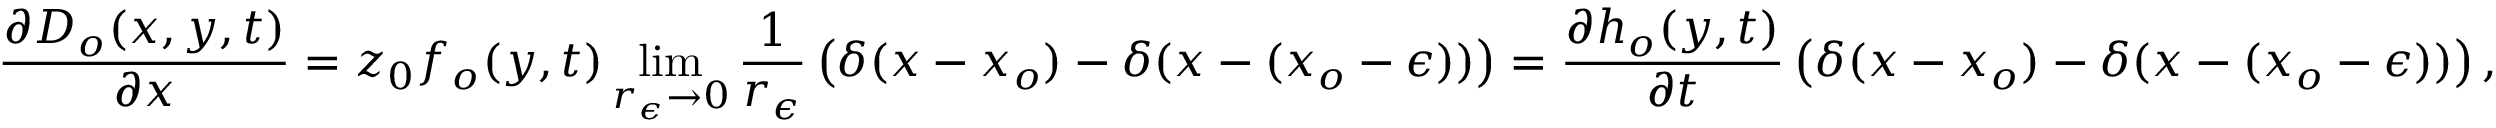
\frac { \partial D _ { o } ( x , y , t ) } { \partial x } = z _ { 0 } f _ { o } ( y , t ) \operatorname* { l i m } _ { r _ { \epsilon } \rightarrow 0 } \frac { 1 } { r _ { \epsilon } } \left( \delta ( x - x _ { o } ) - \delta ( x - ( x _ { o } - \epsilon ) ) \right) = \frac { \partial h _ { o } ( y , t ) } { \partial t } \left( \delta ( x - x _ { o } ) - \delta ( x - ( x _ { o } - \epsilon ) ) \right) ,